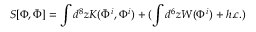
S [ \Phi , \bar { \Phi } ] = \int d ^ { 8 } z K ( \bar { \Phi } ^ { i } , \Phi ^ { i } ) + ( \int d ^ { 6 } z W ( \Phi ^ { i } ) + h . c . )